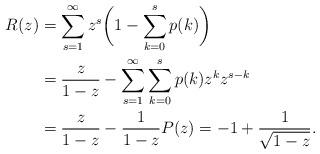
LaTeX: \begin{align*}R(z) &= \sum_{s=1}^\infty z^s \biggl(1-\sum_{k=0}^s p(k)\biggr)\\&= \frac{z}{1-z} - \sum_{s=1}^\infty \sum_{k=0}^s p(k) z^k z^{s-k}\\&= \frac{z}{1-z} - \frac{1}{1-z} P(z) = -1 + \frac{1}{\sqrt{1-z}}.\end{align*}